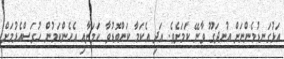
އަޅުގަނޑުމެންނަށް އުނދަގޫ ވާނޭ ކަމަށެވެ. އަދި އެކަމާ ކަންބޮޑުވާ ކަމަށާއި އެހެންކަމުން ހުރަސްއެޅުމަށް